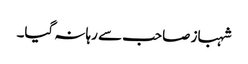
شہباز صاحب سے رہا نہ گیا۔